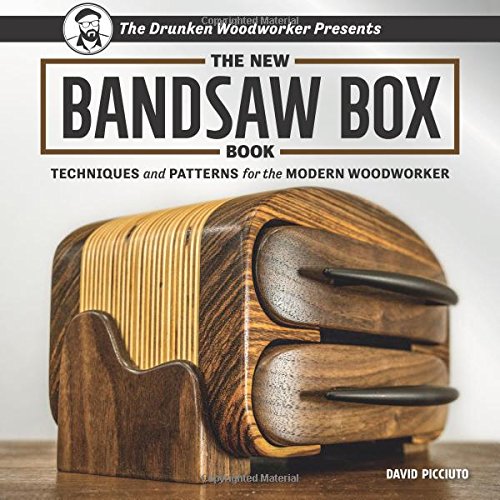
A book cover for The New Bandsaw Box Book: Techniques & Patterns for the Modern Woodworker; David Picciuto; Crafts, Hobbies & Home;